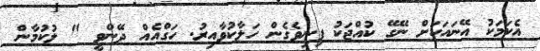
އެކަމަކު އޭނައަކަށް ނޭގޭ ކުއްޖަކު ފިނިވެގެން ހަލާކުވާއިރު. ހަގްއެއް ދޭންވީ " ލުކުމާން